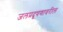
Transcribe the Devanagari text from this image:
जलप्रदूषणावरील